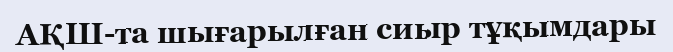
АҚШ-та шығарылған сиыр тұқымдары